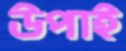
উপাই